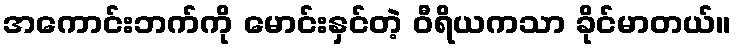
အကောင်းဘက်ကို မောင်းနှင်တဲ့ ဝီရိယကသာ ခိုင်မာတယ်။